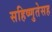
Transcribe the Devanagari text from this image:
सहिष्णुतेसह